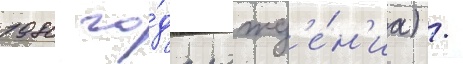
1980 го́да рожд'е́н'иа) /